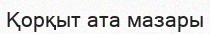
Қорқыт ата мазары